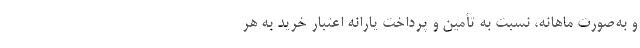
و به‌صورت ماهانه، نسبت به تأمین و پرداخت یارانه اعتبار خرید به هر